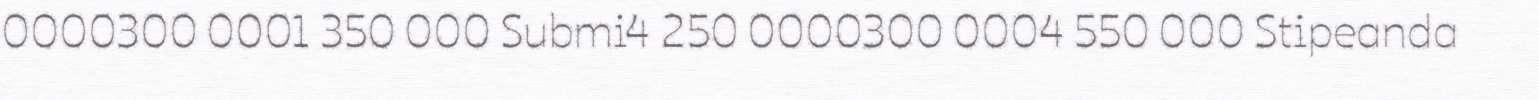
0000300 0001 350 000 Submi4 250 0000300 0004 550 000 Stipeanda